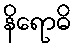
နိရောဓိ